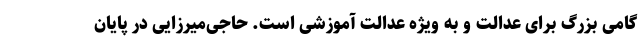
گامی بزرگ براى عدالت و به ویژه عدالت آموزشى است. حاجی‌میرزایی در پایان